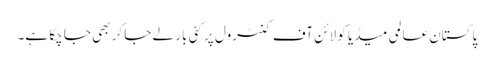
پاکستان عالمی میڈیا کو لائن آف کنٹرول پر کئی بار لے جا کر بھی جا چکا ہے۔